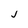
Character: j